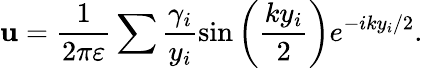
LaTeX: \mathbf{u}=\frac{{1}}{{2\pi\varepsilon}}\sum\frac{{\gamma_{i}}}{{y_{i}}}\sin\left(\frac{{ky_{i}}}{{2}}\right)e^{-iky_{i}/2}.